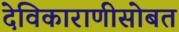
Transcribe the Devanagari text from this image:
देविकाराणीसोबत